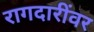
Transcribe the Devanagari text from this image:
रागदारींवर